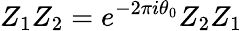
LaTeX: Z_{1}Z_{2}=e^{-2\pi i\theta_{0}}Z_{2}Z_{1}